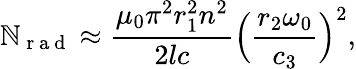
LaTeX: \mathbb{N}_{\mathrm{{~r~a~d~}}}\approx\frac{{\mu_{0}\pi^{2}r_{1}^{2}n^{2}}}{{2lc}}\Big(\frac{{r_{2}\omega_{0}}}{{c_{3}}}\Big)^{2},